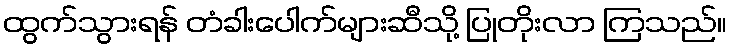
ထွက်သွားရန် တံခါးပေါက်များဆီသို့ ပြုတိုးလာ ကြသည်။